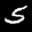
Label: 5